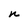
Character: n